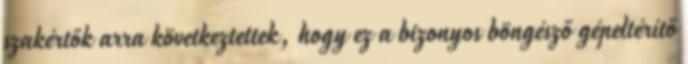
szakértők arra következtettek, hogy ez a bizonyos böngésző gépeltérítő